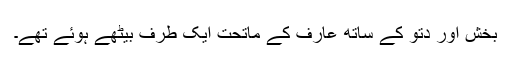
بخش اور دتو کے ساتھ عارف کے ماتحت ایک طرف بیٹھے ہوئے تھے۔